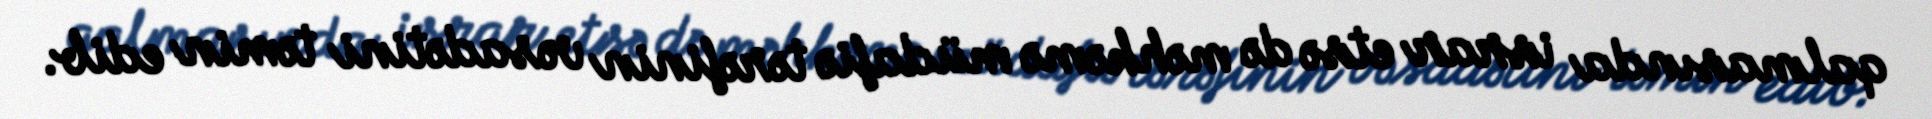
qalmasında israr etsə də məhkəmə müdafiə tərəfinin vəsadətini təmin edib.